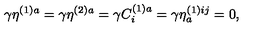
\gamma \eta ^ { ( 1 ) a } = \gamma \eta ^ { ( 2 ) a } = \gamma C _ { i } ^ { ( 1 ) a } = \gamma \eta _ { a } ^ { ( 1 ) i j } = 0 ,